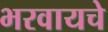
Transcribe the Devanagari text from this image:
भरवायचे